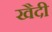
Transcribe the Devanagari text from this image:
खैदी